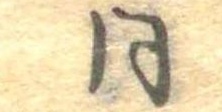
同